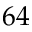
6 4